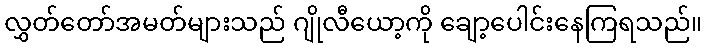
လွှတ်တော်အမတ်များသည် ဂျိုလီယော့ကို ချော့ပေါင်းနေကြရသည်။